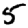
Digit: 5